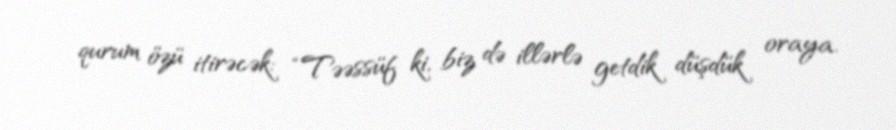
qurum özü itirəcək: “Təəssüf ki, biz də illərlə getdik düşdük oraya.